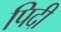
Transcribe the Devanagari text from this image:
पिदी